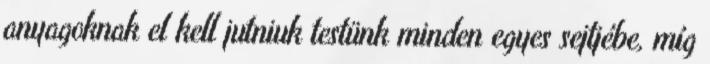
anyagoknak el kell jutniuk testünk minden egyes sejtjébe, míg